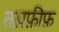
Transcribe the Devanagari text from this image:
तख़फ़ीफ़